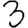
Digit: 3